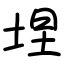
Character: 㘿